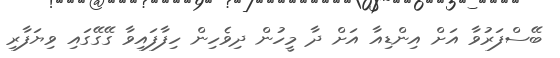
ބޭސްފަރުވާ އަށް އިންޑިއާ އަށް ދާ މީހުން ދިވެހިން ހިފާފައިވާ ގޭގޭގައި ވިޔަފާރި